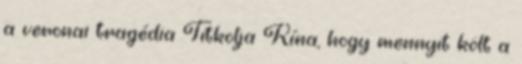
a veronai tragédia Titkolja Kína, hogy mennyit költ a